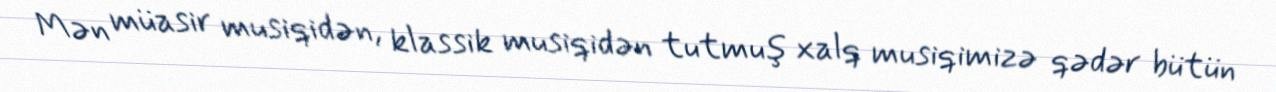
Mən müasir musiqidən, klassik musiqidən tutmuş xalq musiqimizə qədər bütün